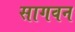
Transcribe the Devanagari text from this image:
सागवन